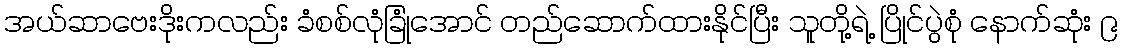
အယ်ဆာဗေးဒိုးကလည်း ခံစစ်လုံခြုံအောင် တည်ဆောက်ထားနိုင်ပြီး သူတို့ရဲ့ ပြိုင်ပွဲစုံ နောက်ဆုံး ၉